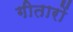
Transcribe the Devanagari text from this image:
गीतारों